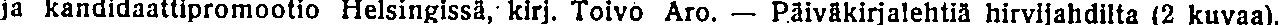
ja kandidaattipromootio Helsingissä, kirj. Toivo Aro. — Päiväkirjalehtiä hirvijahdilta (2 kuvaa).